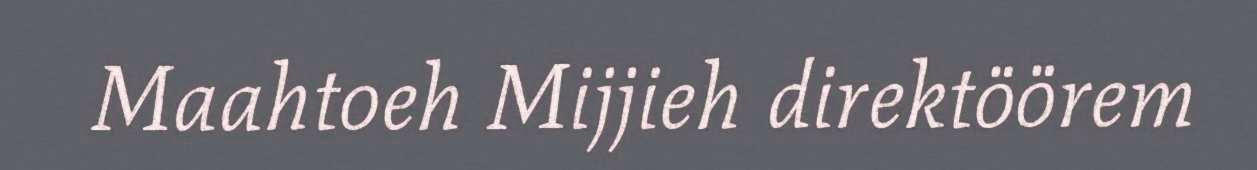
Maahtoeh Mijjieh direktöörem